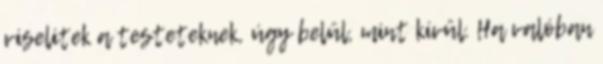
viselitek a testeteknek, úgy belül, mint kívül. Ha valóban